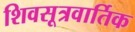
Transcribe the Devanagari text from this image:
शिवसूत्रवार्तिक